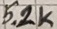
Text: 5.2K